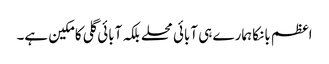
اعظم بانکا ہمارے ہی آبائی محلے بلکہ آبائی گلی کا مکین ہے۔